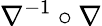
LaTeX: \nabla^{-1}\circ\nabla